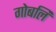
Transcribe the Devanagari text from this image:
गोबलि